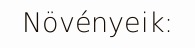
Növényeik: